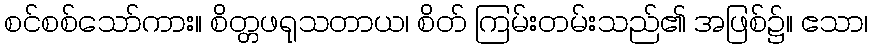
စင်စစ်သော်ကား။ စိတ္တဖရုသတာယ၊ စိတ် ကြမ်းတမ်းသည်၏ အဖြစ်၌။ ဧသာ၊